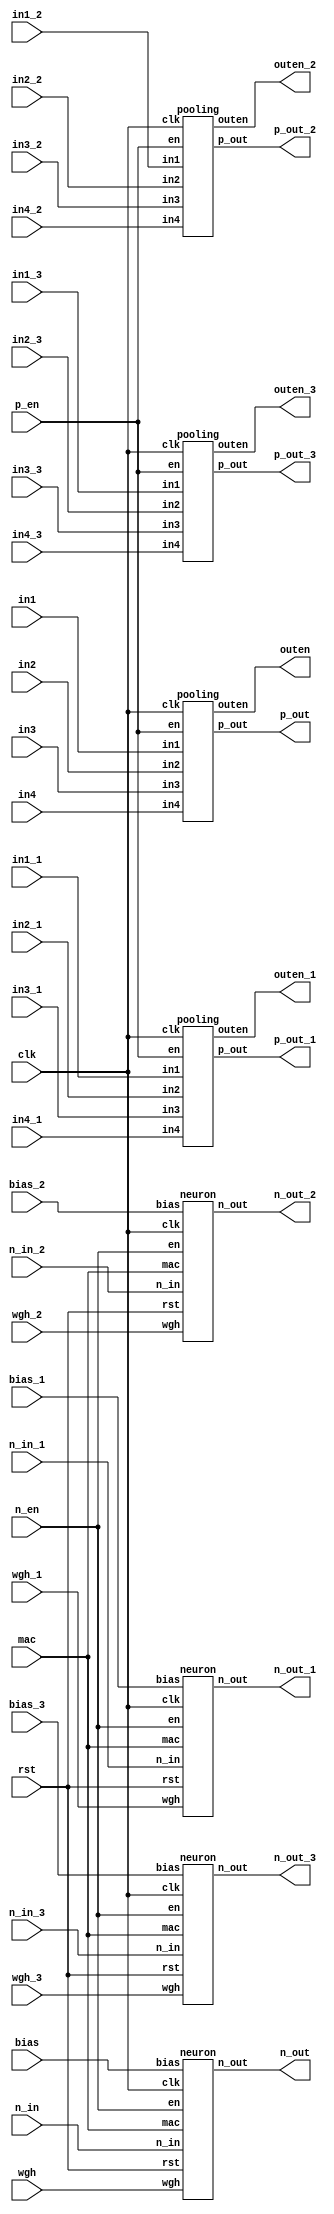
module design_1
   (bias,
    bias_1,
    bias_2,
    bias_3,
    clk,
    in1,
    in1_1,
    in1_2,
    in1_3,
    in2,
    in2_1,
    in2_2,
    in2_3,
    in3,
    in3_1,
    in3_2,
    in3_3,
    in4,
    in4_1,
    in4_2,
    in4_3,
    mac,
    n_en,
    n_in,
    n_in_1,
    n_in_2,
    n_in_3,
    n_out,
    n_out_1,
    n_out_2,
    n_out_3,
    outen,
    outen_1,
    outen_2,
    outen_3,
    p_en,
    p_out,
    p_out_1,
    p_out_2,
    p_out_3,
    rst,
    wgh,
    wgh_1,
    wgh_2,
    wgh_3);
  input [15:0]bias;
  input [15:0]bias_1;
  input [15:0]bias_2;
  input [15:0]bias_3;
  input clk;
  input [15:0]in1;
  input [15:0]in1_1;
  input [15:0]in1_2;
  input [15:0]in1_3;
  input [15:0]in2;
  input [15:0]in2_1;
  input [15:0]in2_2;
  input [15:0]in2_3;
  input [15:0]in3;
  input [15:0]in3_1;
  input [15:0]in3_2;
  input [15:0]in3_3;
  input [15:0]in4;
  input [15:0]in4_1;
  input [15:0]in4_2;
  input [15:0]in4_3;
  input mac;
  input n_en;
  input [15:0]n_in;
  input [15:0]n_in_1;
  input [15:0]n_in_2;
  input [15:0]n_in_3;
  output [15:0]n_out;
  output [15:0]n_out_1;
  output [15:0]n_out_2;
  output [15:0]n_out_3;
  output outen;
  output outen_1;
  output outen_2;
  output outen_3;
  input p_en;
  output [15:0]p_out;
  output [15:0]p_out_1;
  output [15:0]p_out_2;
  output [15:0]p_out_3;
  input rst;
  input [15:0]wgh;
  input [15:0]wgh_1;
  input [15:0]wgh_2;
  input [15:0]wgh_3;

  wire [15:0]\^bias_1 ;
  wire [15:0]bias_1_1;
  wire [15:0]bias_2_1;
  wire [15:0]bias_3_1;
  wire clk_1;
  wire en_1;
  wire en_2;
  wire [15:0]\^in1_1 ;
  wire [15:0]in1_1_1;
  wire [15:0]in1_2_1;
  wire [15:0]in1_3_1;
  wire [15:0]\^in2_1 ;
  wire [15:0]in2_1_1;
  wire [15:0]in2_2_1;
  wire [15:0]in2_3_1;
  wire [15:0]\^in3_1 ;
  wire [15:0]in3_1_1;
  wire [15:0]in3_2_1;
  wire [15:0]in3_3_1;
  wire [15:0]\^in4_1 ;
  wire [15:0]in4_1_1;
  wire [15:0]in4_2_1;
  wire [15:0]in4_3_1;
  wire mac_1;
  wire [15:0]\^n_in_1 ;
  wire [15:0]n_in_1_1;
  wire [15:0]n_in_2_1;
  wire [15:0]n_in_3_1;
  wire [15:0]neuron_0_n_out;
  wire [15:0]neuron_1_n_out;
  wire [15:0]neuron_2_n_out;
  wire [15:0]neuron_3_n_out;
  wire pooling_0_outen;
  wire [15:0]pooling_0_p_out;
  wire pooling_1_outen;
  wire [15:0]pooling_1_p_out;
  wire pooling_2_outen;
  wire [15:0]pooling_2_p_out;
  wire pooling_3_outen;
  wire [15:0]pooling_3_p_out;
  wire rst_1;
  wire [15:0]\^wgh_1 ;
  wire [15:0]wgh_1_1;
  wire [15:0]wgh_2_1;
  wire [15:0]wgh_3_1;

  assign \^bias_1 [15:0] = bias[15:0];
  assign \^in1_1 [15:0] = in1[15:0];
  assign \^in2_1 [15:0] = in2[15:0];
  assign \^in3_1 [15:0] = in3[15:0];
  assign \^in4_1 [15:0] = in4[15:0];
  assign \^n_in_1 [15:0] = n_in[15:0];
  assign \^wgh_1 [15:0] = wgh[15:0];
  assign bias_1_1 = bias_1[15:0];
  assign bias_2_1 = bias_2[15:0];
  assign bias_3_1 = bias_3[15:0];
  assign clk_1 = clk;
  assign en_1 = n_en;
  assign en_2 = p_en;
  assign in1_1_1 = in1_1[15:0];
  assign in1_2_1 = in1_2[15:0];
  assign in1_3_1 = in1_3[15:0];
  assign in2_1_1 = in2_1[15:0];
  assign in2_2_1 = in2_2[15:0];
  assign in2_3_1 = in2_3[15:0];
  assign in3_1_1 = in3_1[15:0];
  assign in3_2_1 = in3_2[15:0];
  assign in3_3_1 = in3_3[15:0];
  assign in4_1_1 = in4_1[15:0];
  assign in4_2_1 = in4_2[15:0];
  assign in4_3_1 = in4_3[15:0];
  assign mac_1 = mac;
  assign n_in_1_1 = n_in_1[15:0];
  assign n_in_2_1 = n_in_2[15:0];
  assign n_in_3_1 = n_in_3[15:0];
  assign n_out[15:0] = neuron_3_n_out;
  assign n_out_1[15:0] = neuron_0_n_out;
  assign n_out_2[15:0] = neuron_1_n_out;
  assign n_out_3[15:0] = neuron_2_n_out;
  assign outen = pooling_0_outen;
  assign outen_1 = pooling_1_outen;
  assign outen_2 = pooling_2_outen;
  assign outen_3 = pooling_3_outen;
  assign p_out[15:0] = pooling_0_p_out;
  assign p_out_1[15:0] = pooling_1_p_out;
  assign p_out_2[15:0] = pooling_2_p_out;
  assign p_out_3[15:0] = pooling_3_p_out;
  assign rst_1 = rst;
  assign wgh_1_1 = wgh_1[15:0];
  assign wgh_2_1 = wgh_2[15:0];
  assign wgh_3_1 = wgh_3[15:0];
  neuron neuron_0
       (.bias(bias_1_1),
        .clk(clk_1),
        .en(en_1),
        .mac(mac_1),
        .n_in(n_in_1_1),
        .n_out(neuron_0_n_out),
        .rst(rst_1),
        .wgh(wgh_1_1));
  neuron neuron_1
       (.bias(bias_2_1),
        .clk(clk_1),
        .en(en_1),
        .mac(mac_1),
        .n_in(n_in_2_1),
        .n_out(neuron_1_n_out),
        .rst(rst_1),
        .wgh(wgh_2_1));
  neuron neuron_2
       (.bias(bias_3_1),
        .clk(clk_1),
        .en(en_1),
        .mac(mac_1),
        .n_in(n_in_3_1),
        .n_out(neuron_2_n_out),
        .rst(rst_1),
        .wgh(wgh_3_1));
  neuron neuron_3
       (.bias(\^bias_1 ),
        .clk(clk_1),
        .en(en_1),
        .mac(mac_1),
        .n_in(\^n_in_1 ),
        .n_out(neuron_3_n_out),
        .rst(rst_1),
        .wgh(\^wgh_1 ));
  pooling pooling_0
       (.clk(clk_1),
        .en(en_2),
        .in1(\^in1_1 ),
        .in2(\^in2_1 ),
        .in3(\^in3_1 ),
        .in4(\^in4_1 ),
        .outen(pooling_0_outen),
        .p_out(pooling_0_p_out));
  pooling pooling_1
       (.clk(clk_1),
        .en(en_2),
        .in1(in1_1_1),
        .in2(in2_1_1),
        .in3(in3_1_1),
        .in4(in4_1_1),
        .outen(pooling_1_outen),
        .p_out(pooling_1_p_out));
  pooling pooling_2
       (.clk(clk_1),
        .en(en_2),
        .in1(in1_2_1),
        .in2(in2_2_1),
        .in3(in3_2_1),
        .in4(in4_2_1),
        .outen(pooling_2_outen),
        .p_out(pooling_2_p_out));
  pooling pooling_3
       (.clk(clk_1),
        .en(en_2),
        .in1(in1_3_1),
        .in2(in2_3_1),
        .in3(in3_3_1),
        .in4(in4_3_1),
        .outen(pooling_3_outen),
        .p_out(pooling_3_p_out));
endmodule
module neuron(
input [15:0] n_in,
input [15:0] wgh,
input [15:0] bias,
input clk,
input en,
input rst,
input mac,
output reg [15:0] n_out

    );
    
    reg [29:0] t;
    reg [15:0] temp;
    reg [15:0] sum;
    reg [15:0] tsum;
    
    
    always@(posedge clk)
    begin
    if(rst)
    begin
       n_out<=0;
       sum<=0;
       temp<=0;
       t<=0;
       tsum<=0;
    end
    else if(en)
         begin
	    if(en && mac)
       begin
          tsum<=sum+bias;
                       if(sum[14:0]>bias[14:0])
                       begin
                           if(bias[15]&&sum[15])
                           begin
                              if(!tsum[15])
                              begin
                                 sum<=16'b1111111110000000;
                              end
                              else sum<={1'b1,(sum[14:0]+bias[14:0])}; 
                           end
                           else if(bias[15]&&(!sum[15]))
                           begin
                              sum<={1'b0,(sum[14:0]-bias[14:0])};
                           end
                           else if((!bias[15])&&sum[15])
                           begin
                               sum<={1'b1,(sum[14:0]-bias[14:0])};
                           end
                           else
                           begin
                              if(tsum[15])
                              begin
                                 sum<=16'b0111111110000000;
                              end
                              else sum<={1'b0,(sum[14:0]+bias[14:0])};
                           end
                       end
                       else if(sum[14:0]<bias[14:0])
                       begin
                          if(bias[15]&&sum[15])
                          begin
                             if(!tsum[15])
                             begin
                                sum<=16'b1111111110000000;
                             end
                             else sum<={1'b1,(sum[14:0]+bias[14:0])}; 
                          end
                          else if(bias[15]&&(!sum[15]))
                          begin
                             sum<={1'b1,(bias[14:0]-sum[14:0])};
                          end
                          else if((!bias[15])&&sum[15])
                          begin
                             sum<={1'b0,(bias[14:0]-sum[14:0])};
                          end
                          else
                          begin
                             if(tsum[15])
                             begin
                                sum<=16'b0111111110000000;
                             end
                             else sum<={1'b0,(sum[14:0]+bias[14:0])};
                          end
                       end
                       
                       
                       if(sum[15])
                       begin
                          n_out<=0;
                       end
                       else
                       begin
                          n_out<=sum;
                       end
       end
            else if(!mac)
            begin
                t<=n_in[14:0]*wgh[14:0];
                if(n_in[15]^wgh[15])
                begin
                    temp<={1'b1,t[21:7]};
                end
                else
                begin
                    temp<={1'b0,t[21:7]};
                end
                tsum<=sum+temp;
                if(sum[14:0]>temp[14:0])
                begin
                    if(temp[15]&&sum[15])
                    begin
                       if(!tsum[15])
                       begin
                          sum<=16'b1111111110000000;
                       end
                       else sum<={1'b1,(sum[14:0]+temp[14:0])}; 
                    end
                    else if(temp[15]&&(!sum[15]))
                    begin
                       sum<={1'b0,(sum[14:0]-temp[14:0])};
                    end
                    else if((!temp[15])&&sum[15])
                    begin
                        sum<={1'b1,(sum[14:0]-temp[14:0])};
                    end
                    else
                    begin
                       if(tsum[15])
                       begin
                          sum<=16'b0111111110000000;
                       end
                       else sum<={1'b0,(sum[14:0]+temp[14:0])};
                    end
                end
                else if(sum[14:0]<temp[14:0])
                begin
                   if(temp[15]&&sum[15])
                   begin
                      if(!tsum[15])
                      begin
                         sum<=16'b1111111110000000;
                      end
                      else sum<={1'b1,(sum[14:0]+temp[14:0])}; 
                   end
                   else if(temp[15]&&(!sum[15]))
                   begin
                      sum<={1'b1,(temp[14:0]-sum[14:0])};
                   end
                   else if((!temp[15])&&sum[15])
                   begin
                      sum<={1'b0,(temp[14:0]-sum[14:0])};
                   end
                   else
                   begin
                      if(tsum[15])
                      begin
                         sum<=16'b0111111110000000;
                      end
                      else sum<={1'b0,(sum[14:0]+temp[14:0])};
                   end
                end               
            end
         end
    end
    
//    always@ (posedge clk)
//    begin
//       out<=sum;
//    end
    
/*   always @(posedge clk)
    begin
       if(en && mac)
       begin
          tsum<=sum+bias;
                       if(sum[14:0]>bias[14:0])
                       begin
                           if(bias[15]&&sum[15])
                           begin
                              if(!tsum[15])
                              begin
                                 sum<=16'b1111111110000000;
                              end
                              else sum<={1'b1,(sum[14:0]+bias[14:0])}; 
                           end
                           else if(bias[15]&&(!sum[15]))
                           begin
                              sum<={1'b0,(sum[14:0]-bias[14:0])};
                           end
                           else if((!bias[15])&&sum[15])
                           begin
                               sum<={1'b1,(sum[14:0]-bias[14:0])};
                           end
                           else
                           begin
                              if(tsum[15])
                              begin
                                 sum<=16'b0111111110000000;
                              end
                              else sum<={1'b0,(sum[14:0]+bias[14:0])};
                           end
                       end
                       else if(sum[14:0]<bias[14:0])
                       begin
                          if(bias[15]&&sum[15])
                          begin
                             if(!tsum[15])
                             begin
                                sum<=16'b1111111110000000;
                             end
                             else sum<={1'b1,(sum[14:0]+bias[14:0])}; 
                          end
                          else if(bias[15]&&(!sum[15]))
                          begin
                             sum<={1'b1,(bias[14:0]-sum[14:0])};
                          end
                          else if((!bias[15])&&sum[15])
                          begin
                             sum<={1'b0,(bias[14:0]-sum[14:0])};
                          end
                          else
                          begin
                             if(tsum[15])
                             begin
                                sum<=16'b0111111110000000;
                             end
                             else sum<={1'b0,(sum[14:0]+bias[14:0])};
                          end
                       end
                       
                       
                       if(sum[15])
                       begin
                          n_out<=0;
                       end
                       else
                       begin
                          n_out<=sum;
                       end
       end
    end
*/
endmodule
module pooling(
input clk,
input [15:0] in1,
input [15:0] in2,
input [15:0] in3,
input [15:0] in4,
input en,
output reg [15:0] p_out,
output reg outen

    );
    
   parameter inimax= 16'b000000000000000;
   always @ (posedge clk) begin
           if(en) begin
               if(inimax < (in1)) begin
                   if((in2) < (in1)) begin
                       if((in3) < (in1)) begin
                           if((in4) < (in1)) begin
                               p_out <= in1;
                               outen <= 1;
                           end
                           else begin
                               p_out <= in4;
                               outen <= 1;
                           end
                       end
                       else begin
                           if((in3) < (in4)) begin
                               p_out <= in4;
                               outen <= 1;
                           end
                           else begin
                               p_out <= in3;
                               outen <= 1;
                           end
                       end
                   end
                   else begin
                       if((in3) < (in2)) begin
                           if((in4) < (in2)) begin
                               p_out <= in2;
                               outen <= 1;
                           end
                           else begin
                               p_out <= in4;
                               outen <= 1;
                           end
                       end
                       else begin
                           if((in3) < (in4)) begin
                               p_out <= in4;
                               outen <= 1;
                           end
                           else begin
                               p_out <= in3;
                               outen <= 1;
                           end
                       end
                   end
               end
               else begin
                   p_out <= inimax;
                   outen <= 1;
               end
           end
           else begin
               p_out <= 0;
               outen <= 0;
           end
       end

endmodule